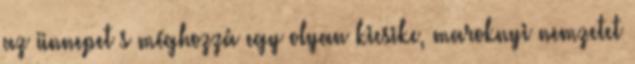
az ünnepet s méghozzá egy olyan kicsike, maroknyi nemzetet